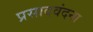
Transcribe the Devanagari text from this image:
प्रसादवंदना